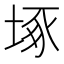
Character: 㙇